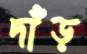
দাঁড়